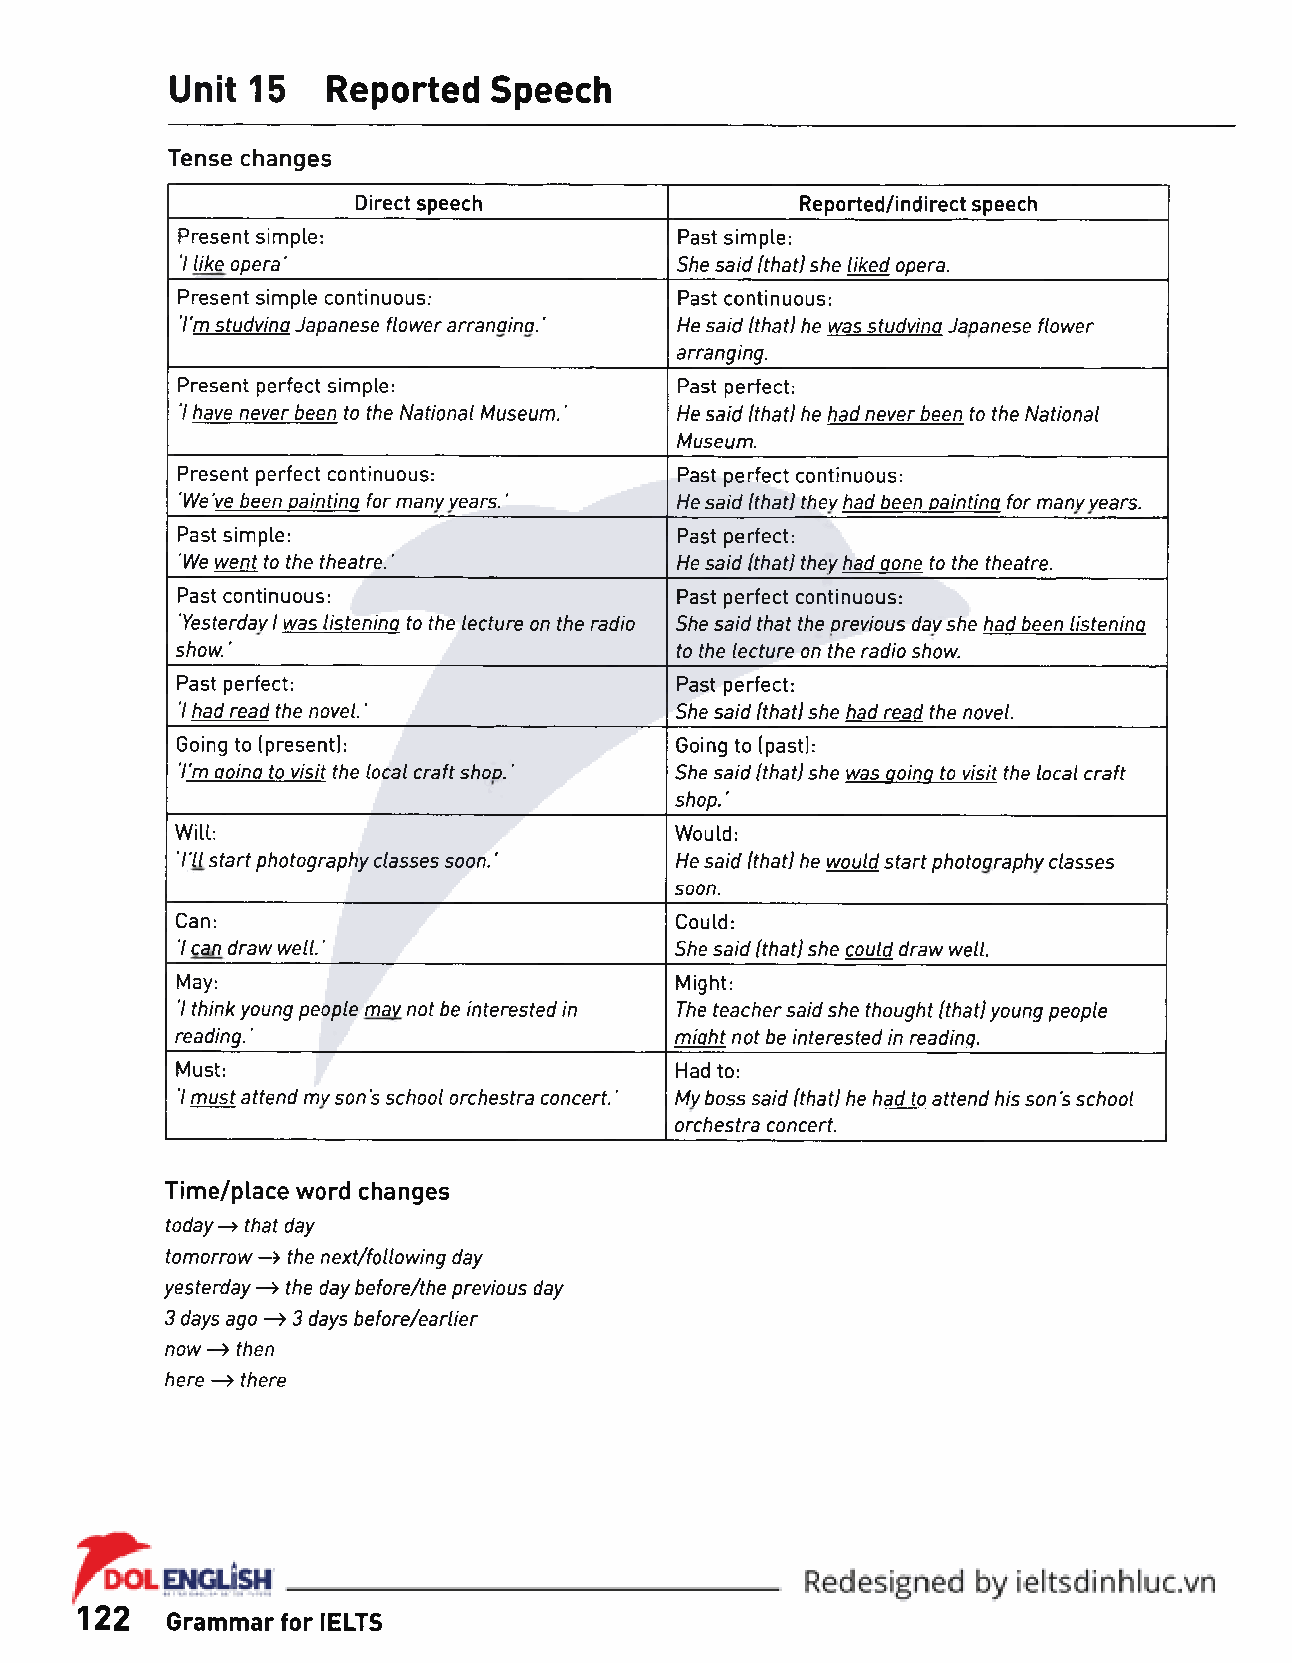
Unit  15   Reported  Speech
 Tense changes
 Direct speech                Reported/indirect speech
 Present simple:                  Past simple:
 7 like opera'                    She said Ithatl she liked opera.
 Present simple continuous:       Past continuous:
 'I'm studvina Japanese flower arranaina.' He said Ithatl he was studvina Japanese flower
 arranging.
 Present perfect simple:          Past perfect:
 7 have never been to the National Museum.' He said Ithatl he had never been to the National
 Museum.
 Present perfect continuous:      Past perfect continuous:
 ‘We've been oaintina for manv vears. ’ He said Ithat] they had been oaintina for many years.
 Past simple:                     Past perfect:
 ‘We went to the theatre.'        He said Ithatl they had aone to the theatre.
 Past continuous:                 Past perfect continuous:
 'Yesterday 1 was listenina to the lecture on the radio She said that the previous day she had been listenina
 show. ’                          to the lecture on the radio show.
 Past perfect:                    Past perfect:
 7 had read the novel.'           She said Ithatl she had read the novel.
 Going to (present):              Going to (past):
 'I'm aoina to visit the local craft shoD.' She said Ithatl she was aoina to visit the local craft
 shop.'
 Will:                            Would:
 ‘I'll start photography classes soon.' He said Ithatl he would start photoaraphv classes
 soon.
 Can:                             Could:
 7 can draw well.'                She said Ithatl she could draw well.
 May:                             Might:
 7 think young people may not be interested in The teacher said she thought Ithatl young people
 reading.'                        miaht not be interested in readinq.
 Must:                            Had to:
 7 must attend my son's school orchestra concert.' My boss said Ithatl he had to attend his son's school
 orchestra concert.
 Time/place word changes
 today —> that day
 tomorrow —» the next/following day
 yesterday —> f/?e day before/the previous day
 3 days ago —» 3 days before/earlier
 now —> f/ien
 here —> f/?ere
 122   Grammar for IELTS